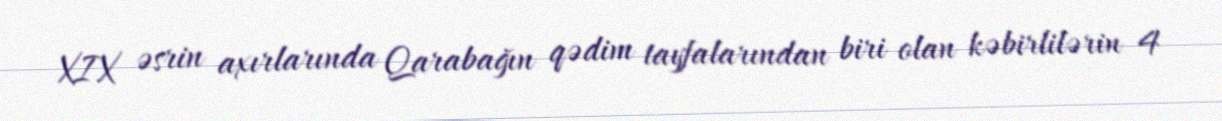
XIX əsrin axırlarında Qarabağın qədim tayfalarından biri olan kəbirlilərin 4